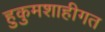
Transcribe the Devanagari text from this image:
हुकुमशाहीगत